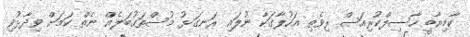
ކާމިޔާބީ ހާސިލްކުރިއަސް ރިވެތި އަހުލާގަކާ ނުލައި ރަނގަޅު މުސްތަގުބަލެއް ނެތް ކަމަށް ވިދާޅުވި